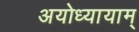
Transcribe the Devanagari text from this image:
अयोध्यायाम्